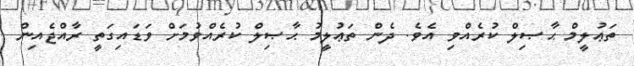
ތަޢުލީމް ޙާޞިލް ކުރެއްވި އެވެ. ދެން ތަޢުލީމު ޙާޞިލް ކުރެއްވުމަށް ވަޑައިގަތީ ރާއްޖެއިން